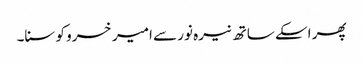
پھر اسکے ساتھ نیرہ نور سے امیر خسرو کو سنا۔